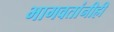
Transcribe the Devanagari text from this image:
भागवतांनीही